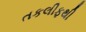
તકલીફથી